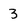
Character: 3